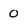
Character: 0